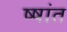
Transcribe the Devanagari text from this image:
ष्षांत